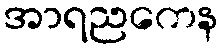
အာရညကေန